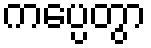
ကပ္ပေတွာ